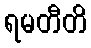
ရမတီတိ